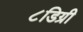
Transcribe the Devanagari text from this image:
८डिग्री